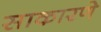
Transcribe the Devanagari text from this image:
साकारणे